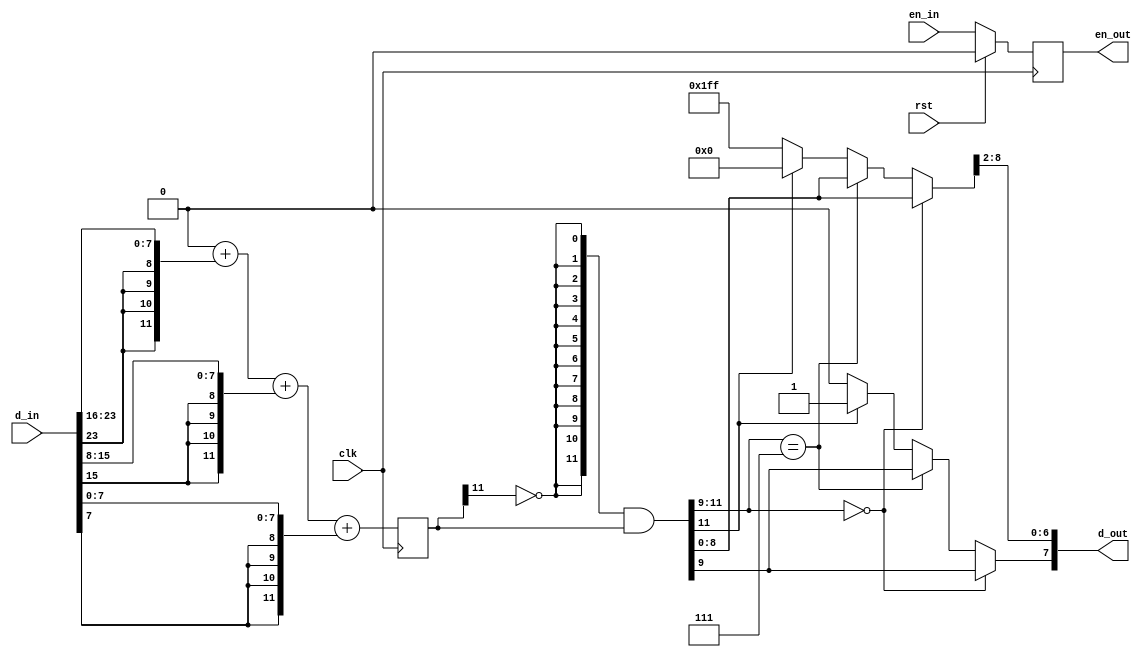
 module multi_adder    #(
    parameter CL_IN = 3,  // 2...64, number of inputs features
    parameter RELU  = 1,  // 0 - no relu, 1 - relu, only positive output values
    parameter N     = 8,  // input/output data width
    parameter SR    = 2   // data shift right before output

) (
    input wire               clk  ,
    input wire               rst  ,
    input      [CL_IN*N-1:0] d_in ,
    input                    en_in,

    output reg [N-1:0]      d_out ,
    output reg              en_out    
);

 integer i = 0;
 parameter E  = 4; // Number of extention bits (6 for 64 inputs, 8 for 256 inputs ,..)
 //parameter NMP1 = N + M + 1;
 //reg [256*(N+E)-1:0] d_256;
 reg [64*(N+E)-1:0] d_64;
 reg [16*(N+E)-1:0] d_16;
 reg [ 4*(N+E)-1:0] d_4;
 reg [ 1*(N+E)-1:0] d_1;
 reg [ 1*(N+E)-1:0] d_relu;
 reg [ 1*(N+E)-1:0] d_ovf;

 reg  en_64;
 reg  en_16;
 reg  en_4;

generate
   if ((CL_IN <= 64) && (CL_IN > 16))
      always @( d_in or en_in) 
      begin
         // sign extention to each data word
         // d_in, X words     _____[XN-1 .. (X-1)N] ..     _____[3N-1 .. 2N]   _____[2N-1 .. N]    _____[N-1 .. 0]
         //                  /    / |    ..      |        /    / |   .. |     /    / |    .. |    /    / |   .. |
         // d_N            [E bits][XN-1 .. (X-1)N] .. [E bits][3N-1 .. 2N] [E bits][2N-1 .. N] [E bits][N-1 .. 0]

                               // E bits  sign extention                   N bits copy from input                           assign zero value 
         if (CL_IN > 63) begin d_64[64*(N+E)-E +: E] <= {(E){d_in[64*N-1]}}; d_64[63*(N+E) +: N] <= { d_in[63*N +: N] }; end else d_64[63*(N+E) +: (N+E)] <= {(N+E){1'b0}};
         if (CL_IN > 62) begin d_64[63*(N+E)-E +: E] <= {(E){d_in[63*N-1]}}; d_64[62*(N+E) +: N] <= { d_in[62*N +: N] }; end else d_64[62*(N+E) +: (N+E)] <= {(N+E){1'b0}};
         if (CL_IN > 61) begin d_64[62*(N+E)-E +: E] <= {(E){d_in[62*N-1]}}; d_64[61*(N+E) +: N] <= { d_in[61*N +: N] }; end else d_64[61*(N+E) +: (N+E)] <= {(N+E){1'b0}};
         if (CL_IN > 60) begin d_64[61*(N+E)-E +: E] <= {(E){d_in[61*N-1]}}; d_64[60*(N+E) +: N] <= { d_in[60*N +: N] }; end else d_64[60*(N+E) +: (N+E)] <= {(N+E){1'b0}};
         if (CL_IN > 59) begin d_64[60*(N+E)-E +: E] <= {(E){d_in[60*N-1]}}; d_64[59*(N+E) +: N] <= { d_in[59*N +: N] }; end else d_64[59*(N+E) +: (N+E)] <= {(N+E){1'b0}};
         if (CL_IN > 58) begin d_64[59*(N+E)-E +: E] <= {(E){d_in[59*N-1]}}; d_64[58*(N+E) +: N] <= { d_in[58*N +: N] }; end else d_64[58*(N+E) +: (N+E)] <= {(N+E){1'b0}};
         if (CL_IN > 57) begin d_64[58*(N+E)-E +: E] <= {(E){d_in[58*N-1]}}; d_64[57*(N+E) +: N] <= { d_in[57*N +: N] }; end else d_64[57*(N+E) +: (N+E)] <= {(N+E){1'b0}};
         if (CL_IN > 56) begin d_64[57*(N+E)-E +: E] <= {(E){d_in[57*N-1]}}; d_64[56*(N+E) +: N] <= { d_in[56*N +: N] }; end else d_64[56*(N+E) +: (N+E)] <= {(N+E){1'b0}};
         if (CL_IN > 55) begin d_64[56*(N+E)-E +: E] <= {(E){d_in[56*N-1]}}; d_64[55*(N+E) +: N] <= { d_in[55*N +: N] }; end else d_64[55*(N+E) +: (N+E)] <= {(N+E){1'b0}};
         if (CL_IN > 54) begin d_64[55*(N+E)-E +: E] <= {(E){d_in[55*N-1]}}; d_64[54*(N+E) +: N] <= { d_in[54*N +: N] }; end else d_64[54*(N+E) +: (N+E)] <= {(N+E){1'b0}};
         if (CL_IN > 53) begin d_64[54*(N+E)-E +: E] <= {(E){d_in[54*N-1]}}; d_64[53*(N+E) +: N] <= { d_in[53*N +: N] }; end else d_64[53*(N+E) +: (N+E)] <= {(N+E){1'b0}};
         if (CL_IN > 52) begin d_64[53*(N+E)-E +: E] <= {(E){d_in[53*N-1]}}; d_64[52*(N+E) +: N] <= { d_in[52*N +: N] }; end else d_64[52*(N+E) +: (N+E)] <= {(N+E){1'b0}};
         if (CL_IN > 51) begin d_64[52*(N+E)-E +: E] <= {(E){d_in[52*N-1]}}; d_64[51*(N+E) +: N] <= { d_in[51*N +: N] }; end else d_64[51*(N+E) +: (N+E)] <= {(N+E){1'b0}};
         if (CL_IN > 50) begin d_64[51*(N+E)-E +: E] <= {(E){d_in[51*N-1]}}; d_64[50*(N+E) +: N] <= { d_in[50*N +: N] }; end else d_64[50*(N+E) +: (N+E)] <= {(N+E){1'b0}};
         if (CL_IN > 49) begin d_64[50*(N+E)-E +: E] <= {(E){d_in[50*N-1]}}; d_64[49*(N+E) +: N] <= { d_in[49*N +: N] }; end else d_64[49*(N+E) +: (N+E)] <= {(N+E){1'b0}};
         if (CL_IN > 48) begin d_64[49*(N+E)-E +: E] <= {(E){d_in[49*N-1]}}; d_64[48*(N+E) +: N] <= { d_in[48*N +: N] }; end else d_64[48*(N+E) +: (N+E)] <= {(N+E){1'b0}};
         if (CL_IN > 47) begin d_64[48*(N+E)-E +: E] <= {(E){d_in[48*N-1]}}; d_64[47*(N+E) +: N] <= { d_in[47*N +: N] }; end else d_64[47*(N+E) +: (N+E)] <= {(N+E){1'b0}};
         if (CL_IN > 46) begin d_64[47*(N+E)-E +: E] <= {(E){d_in[47*N-1]}}; d_64[46*(N+E) +: N] <= { d_in[46*N +: N] }; end else d_64[46*(N+E) +: (N+E)] <= {(N+E){1'b0}};
         if (CL_IN > 45) begin d_64[46*(N+E)-E +: E] <= {(E){d_in[46*N-1]}}; d_64[45*(N+E) +: N] <= { d_in[45*N +: N] }; end else d_64[45*(N+E) +: (N+E)] <= {(N+E){1'b0}};
         if (CL_IN > 44) begin d_64[45*(N+E)-E +: E] <= {(E){d_in[45*N-1]}}; d_64[44*(N+E) +: N] <= { d_in[44*N +: N] }; end else d_64[44*(N+E) +: (N+E)] <= {(N+E){1'b0}};
         if (CL_IN > 43) begin d_64[44*(N+E)-E +: E] <= {(E){d_in[44*N-1]}}; d_64[43*(N+E) +: N] <= { d_in[43*N +: N] }; end else d_64[43*(N+E) +: (N+E)] <= {(N+E){1'b0}};
         if (CL_IN > 42) begin d_64[43*(N+E)-E +: E] <= {(E){d_in[43*N-1]}}; d_64[42*(N+E) +: N] <= { d_in[42*N +: N] }; end else d_64[42*(N+E) +: (N+E)] <= {(N+E){1'b0}};
         if (CL_IN > 41) begin d_64[42*(N+E)-E +: E] <= {(E){d_in[42*N-1]}}; d_64[41*(N+E) +: N] <= { d_in[41*N +: N] }; end else d_64[41*(N+E) +: (N+E)] <= {(N+E){1'b0}};
         if (CL_IN > 40) begin d_64[41*(N+E)-E +: E] <= {(E){d_in[41*N-1]}}; d_64[40*(N+E) +: N] <= { d_in[40*N +: N] }; end else d_64[40*(N+E) +: (N+E)] <= {(N+E){1'b0}};
         if (CL_IN > 39) begin d_64[40*(N+E)-E +: E] <= {(E){d_in[40*N-1]}}; d_64[39*(N+E) +: N] <= { d_in[39*N +: N] }; end else d_64[39*(N+E) +: (N+E)] <= {(N+E){1'b0}};
         if (CL_IN > 38) begin d_64[39*(N+E)-E +: E] <= {(E){d_in[39*N-1]}}; d_64[38*(N+E) +: N] <= { d_in[38*N +: N] }; end else d_64[38*(N+E) +: (N+E)] <= {(N+E){1'b0}};
         if (CL_IN > 37) begin d_64[38*(N+E)-E +: E] <= {(E){d_in[38*N-1]}}; d_64[37*(N+E) +: N] <= { d_in[37*N +: N] }; end else d_64[37*(N+E) +: (N+E)] <= {(N+E){1'b0}};
         if (CL_IN > 36) begin d_64[37*(N+E)-E +: E] <= {(E){d_in[37*N-1]}}; d_64[36*(N+E) +: N] <= { d_in[36*N +: N] }; end else d_64[36*(N+E) +: (N+E)] <= {(N+E){1'b0}};
         if (CL_IN > 35) begin d_64[36*(N+E)-E +: E] <= {(E){d_in[36*N-1]}}; d_64[35*(N+E) +: N] <= { d_in[35*N +: N] }; end else d_64[35*(N+E) +: (N+E)] <= {(N+E){1'b0}};
         if (CL_IN > 34) begin d_64[35*(N+E)-E +: E] <= {(E){d_in[35*N-1]}}; d_64[34*(N+E) +: N] <= { d_in[34*N +: N] }; end else d_64[34*(N+E) +: (N+E)] <= {(N+E){1'b0}};
         if (CL_IN > 33) begin d_64[34*(N+E)-E +: E] <= {(E){d_in[34*N-1]}}; d_64[33*(N+E) +: N] <= { d_in[33*N +: N] }; end else d_64[33*(N+E) +: (N+E)] <= {(N+E){1'b0}};
         if (CL_IN > 32) begin d_64[33*(N+E)-E +: E] <= {(E){d_in[33*N-1]}}; d_64[32*(N+E) +: N] <= { d_in[32*N +: N] }; end else d_64[32*(N+E) +: (N+E)] <= {(N+E){1'b0}};
         if (CL_IN > 31) begin d_64[32*(N+E)-E +: E] <= {(E){d_in[32*N-1]}}; d_64[31*(N+E) +: N] <= { d_in[31*N +: N] }; end else d_64[31*(N+E) +: (N+E)] <= {(N+E){1'b0}};
         if (CL_IN > 30) begin d_64[31*(N+E)-E +: E] <= {(E){d_in[31*N-1]}}; d_64[30*(N+E) +: N] <= { d_in[30*N +: N] }; end else d_64[30*(N+E) +: (N+E)] <= {(N+E){1'b0}};
         if (CL_IN > 29) begin d_64[30*(N+E)-E +: E] <= {(E){d_in[30*N-1]}}; d_64[29*(N+E) +: N] <= { d_in[29*N +: N] }; end else d_64[29*(N+E) +: (N+E)] <= {(N+E){1'b0}};
         if (CL_IN > 28) begin d_64[29*(N+E)-E +: E] <= {(E){d_in[29*N-1]}}; d_64[28*(N+E) +: N] <= { d_in[28*N +: N] }; end else d_64[28*(N+E) +: (N+E)] <= {(N+E){1'b0}};
         if (CL_IN > 27) begin d_64[28*(N+E)-E +: E] <= {(E){d_in[28*N-1]}}; d_64[27*(N+E) +: N] <= { d_in[27*N +: N] }; end else d_64[27*(N+E) +: (N+E)] <= {(N+E){1'b0}};
         if (CL_IN > 26) begin d_64[27*(N+E)-E +: E] <= {(E){d_in[27*N-1]}}; d_64[26*(N+E) +: N] <= { d_in[26*N +: N] }; end else d_64[26*(N+E) +: (N+E)] <= {(N+E){1'b0}};
         if (CL_IN > 25) begin d_64[26*(N+E)-E +: E] <= {(E){d_in[26*N-1]}}; d_64[25*(N+E) +: N] <= { d_in[25*N +: N] }; end else d_64[25*(N+E) +: (N+E)] <= {(N+E){1'b0}};
         if (CL_IN > 24) begin d_64[25*(N+E)-E +: E] <= {(E){d_in[25*N-1]}}; d_64[24*(N+E) +: N] <= { d_in[24*N +: N] }; end else d_64[24*(N+E) +: (N+E)] <= {(N+E){1'b0}};
         if (CL_IN > 23) begin d_64[24*(N+E)-E +: E] <= {(E){d_in[24*N-1]}}; d_64[23*(N+E) +: N] <= { d_in[23*N +: N] }; end else d_64[23*(N+E) +: (N+E)] <= {(N+E){1'b0}};
         if (CL_IN > 22) begin d_64[23*(N+E)-E +: E] <= {(E){d_in[23*N-1]}}; d_64[22*(N+E) +: N] <= { d_in[22*N +: N] }; end else d_64[22*(N+E) +: (N+E)] <= {(N+E){1'b0}};
         if (CL_IN > 21) begin d_64[22*(N+E)-E +: E] <= {(E){d_in[22*N-1]}}; d_64[21*(N+E) +: N] <= { d_in[21*N +: N] }; end else d_64[21*(N+E) +: (N+E)] <= {(N+E){1'b0}};
         if (CL_IN > 20) begin d_64[21*(N+E)-E +: E] <= {(E){d_in[21*N-1]}}; d_64[20*(N+E) +: N] <= { d_in[20*N +: N] }; end else d_64[20*(N+E) +: (N+E)] <= {(N+E){1'b0}};
         if (CL_IN > 19) begin d_64[20*(N+E)-E +: E] <= {(E){d_in[20*N-1]}}; d_64[19*(N+E) +: N] <= { d_in[19*N +: N] }; end else d_64[19*(N+E) +: (N+E)] <= {(N+E){1'b0}};
         if (CL_IN > 18) begin d_64[19*(N+E)-E +: E] <= {(E){d_in[19*N-1]}}; d_64[18*(N+E) +: N] <= { d_in[18*N +: N] }; end else d_64[18*(N+E) +: (N+E)] <= {(N+E){1'b0}};
         if (CL_IN > 17) begin d_64[18*(N+E)-E +: E] <= {(E){d_in[18*N-1]}}; d_64[17*(N+E) +: N] <= { d_in[17*N +: N] }; end else d_64[17*(N+E) +: (N+E)] <= {(N+E){1'b0}};
         if (CL_IN > 16) begin d_64[17*(N+E)-E +: E] <= {(E){d_in[17*N-1]}}; d_64[16*(N+E) +: N] <= { d_in[16*N +: N] }; end else d_64[16*(N+E) +: (N+E)] <= {(N+E){1'b0}};
                               d_64[16*(N+E)-E +: E] <= {(E){d_in[16*N-1]}}; d_64[15*(N+E) +: N] <= { d_in[15*N +: N] };
                               d_64[15*(N+E)-E +: E] <= {(E){d_in[15*N-1]}}; d_64[14*(N+E) +: N] <= { d_in[14*N +: N] };
                               d_64[14*(N+E)-E +: E] <= {(E){d_in[14*N-1]}}; d_64[13*(N+E) +: N] <= { d_in[13*N +: N] };
                               d_64[13*(N+E)-E +: E] <= {(E){d_in[13*N-1]}}; d_64[12*(N+E) +: N] <= { d_in[12*N +: N] };
                               d_64[12*(N+E)-E +: E] <= {(E){d_in[12*N-1]}}; d_64[11*(N+E) +: N] <= { d_in[11*N +: N] };
                               d_64[11*(N+E)-E +: E] <= {(E){d_in[11*N-1]}}; d_64[10*(N+E) +: N] <= { d_in[10*N +: N] };
                               d_64[10*(N+E)-E +: E] <= {(E){d_in[10*N-1]}}; d_64[ 9*(N+E) +: N] <= { d_in[ 9*N +: N] };
                               d_64[ 9*(N+E)-E +: E] <= {(E){d_in[ 9*N-1]}}; d_64[ 8*(N+E) +: N] <= { d_in[ 8*N +: N] };
                               d_64[ 8*(N+E)-E +: E] <= {(E){d_in[ 8*N-1]}}; d_64[ 7*(N+E) +: N] <= { d_in[ 7*N +: N] };
                               d_64[ 7*(N+E)-E +: E] <= {(E){d_in[ 7*N-1]}}; d_64[ 6*(N+E) +: N] <= { d_in[ 6*N +: N] };
                               d_64[ 6*(N+E)-E +: E] <= {(E){d_in[ 6*N-1]}}; d_64[ 5*(N+E) +: N] <= { d_in[ 5*N +: N] };
                               d_64[ 5*(N+E)-E +: E] <= {(E){d_in[ 5*N-1]}}; d_64[ 4*(N+E) +: N] <= { d_in[ 4*N +: N] };
                               d_64[ 4*(N+E)-E +: E] <= {(E){d_in[ 4*N-1]}}; d_64[ 3*(N+E) +: N] <= { d_in[ 3*N +: N] };
                               d_64[ 3*(N+E)-E +: E] <= {(E){d_in[ 3*N-1]}}; d_64[ 2*(N+E) +: N] <= { d_in[ 2*N +: N] };
                               d_64[ 2*(N+E)-E +: E] <= {(E){d_in[ 2*N-1]}}; d_64[ 1*(N+E) +: N] <= { d_in[ 1*N +: N] };
                               d_64[ 1*(N+E)-E +: E] <= {(E){d_in[ 1*N-1]}}; d_64[ 0*(N+E) +: N] <= { d_in[ 0*N +: N] };
                               en_64 <= en_in;
      end
endgenerate

generate
   if ((CL_IN <= 16) && (CL_IN > 4))
      always @( d_in or en_in) 
      begin
         // sign extention to each data word
         // d_in, X words     _____[XN-1 .. (X-1)N] ..     _____[3N-1 .. 2N]   _____[2N-1 .. N]    _____[N-1 .. 0]
         //                  /    / |    ..      |        /    / |   .. |     /    / |    .. |    /    / |   .. |
         // d_N            [E bits][XN-1 .. (X-1)N] .. [E bits][3N-1 .. 2N] [E bits][2N-1 .. N] [E bits][N-1 .. 0]

                               // E bits  sign extention                   N bits copy from input                           assign zero value 
         if (CL_IN > 15) begin d_16[16*(N+E)-E +: E] <= {(E){d_in[16*N-1]}}; d_16[15*(N+E) +: N] <= { d_in[15*N +: N] }; end else d_16[15*(N+E) +: (N+E)] <= {(N+E){1'b0}};
         if (CL_IN > 14) begin d_16[15*(N+E)-E +: E] <= {(E){d_in[15*N-1]}}; d_16[14*(N+E) +: N] <= { d_in[14*N +: N] }; end else d_16[14*(N+E) +: (N+E)] <= {(N+E){1'b0}};
         if (CL_IN > 13) begin d_16[14*(N+E)-E +: E] <= {(E){d_in[14*N-1]}}; d_16[13*(N+E) +: N] <= { d_in[13*N +: N] }; end else d_16[13*(N+E) +: (N+E)] <= {(N+E){1'b0}};
         if (CL_IN > 12) begin d_16[13*(N+E)-E +: E] <= {(E){d_in[13*N-1]}}; d_16[12*(N+E) +: N] <= { d_in[12*N +: N] }; end else d_16[12*(N+E) +: (N+E)] <= {(N+E){1'b0}};
         if (CL_IN > 11) begin d_16[12*(N+E)-E +: E] <= {(E){d_in[12*N-1]}}; d_16[11*(N+E) +: N] <= { d_in[11*N +: N] }; end else d_16[11*(N+E) +: (N+E)] <= {(N+E){1'b0}};
         if (CL_IN > 10) begin d_16[11*(N+E)-E +: E] <= {(E){d_in[11*N-1]}}; d_16[10*(N+E) +: N] <= { d_in[10*N +: N] }; end else d_16[10*(N+E) +: (N+E)] <= {(N+E){1'b0}};
         if (CL_IN >  9) begin d_16[10*(N+E)-E +: E] <= {(E){d_in[10*N-1]}}; d_16[ 9*(N+E) +: N] <= { d_in[ 9*N +: N] }; end else d_16[ 9*(N+E) +: (N+E)] <= {(N+E){1'b0}};
         if (CL_IN >  8) begin d_16[ 9*(N+E)-E +: E] <= {(E){d_in[ 9*N-1]}}; d_16[ 8*(N+E) +: N] <= { d_in[ 8*N +: N] }; end else d_16[ 8*(N+E) +: (N+E)] <= {(N+E){1'b0}};
         if (CL_IN >  7) begin d_16[ 8*(N+E)-E +: E] <= {(E){d_in[ 8*N-1]}}; d_16[ 7*(N+E) +: N] <= { d_in[ 7*N +: N] }; end else d_16[ 7*(N+E) +: (N+E)] <= {(N+E){1'b0}};
         if (CL_IN >  6) begin d_16[ 7*(N+E)-E +: E] <= {(E){d_in[ 7*N-1]}}; d_16[ 6*(N+E) +: N] <= { d_in[ 6*N +: N] }; end else d_16[ 6*(N+E) +: (N+E)] <= {(N+E){1'b0}};
         if (CL_IN >  5) begin d_16[ 6*(N+E)-E +: E] <= {(E){d_in[ 6*N-1]}}; d_16[ 5*(N+E) +: N] <= { d_in[ 5*N +: N] }; end else d_16[ 5*(N+E) +: (N+E)] <= {(N+E){1'b0}};
                               d_16[ 5*(N+E)-E +: E] <= {(E){d_in[ 5*N-1]}}; d_16[ 4*(N+E) +: N] <= { d_in[ 4*N +: N] };
                               d_16[ 4*(N+E)-E +: E] <= {(E){d_in[ 4*N-1]}}; d_16[ 3*(N+E) +: N] <= { d_in[ 3*N +: N] };
                               d_16[ 3*(N+E)-E +: E] <= {(E){d_in[ 3*N-1]}}; d_16[ 2*(N+E) +: N] <= { d_in[ 2*N +: N] };
                               d_16[ 2*(N+E)-E +: E] <= {(E){d_in[ 2*N-1]}}; d_16[ 1*(N+E) +: N] <= { d_in[ 1*N +: N] };
                               d_16[ 1*(N+E)-E +: E] <= {(E){d_in[ 1*N-1]}}; d_16[ 0*(N+E) +: N] <= { d_in[ 0*N +: N] };
                               en_16 <= en_in;
      end
   else
      begin
         always @(posedge clk) begin
             d_16[15*(N+E) +: N+E] <= d_64[63*(N+E) +: N+E] +
                                      d_64[62*(N+E) +: N+E] +
                                      d_64[61*(N+E) +: N+E] +
                                      d_64[60*(N+E) +: N+E] ;
             d_16[14*(N+E) +: N+E] <= d_64[59*(N+E) +: N+E] +
                                      d_64[58*(N+E) +: N+E] +
                                      d_64[57*(N+E) +: N+E] +
                                      d_64[56*(N+E) +: N+E] ;
             d_16[13*(N+E) +: N+E] <= d_64[55*(N+E) +: N+E] +
                                      d_64[54*(N+E) +: N+E] +
                                      d_64[53*(N+E) +: N+E] +
                                      d_64[52*(N+E) +: N+E] ;
             d_16[12*(N+E) +: N+E] <= d_64[51*(N+E) +: N+E] +
                                      d_64[50*(N+E) +: N+E] +
                                      d_64[49*(N+E) +: N+E] +
                                      d_64[48*(N+E) +: N+E] ;
             d_16[11*(N+E) +: N+E] <= d_64[47*(N+E) +: N+E] +
                                      d_64[46*(N+E) +: N+E] +
                                      d_64[45*(N+E) +: N+E] +
                                      d_64[44*(N+E) +: N+E] ;
             d_16[10*(N+E) +: N+E] <= d_64[43*(N+E) +: N+E] +
                                      d_64[42*(N+E) +: N+E] +
                                      d_64[41*(N+E) +: N+E] +
                                      d_64[40*(N+E) +: N+E] ;
             d_16[ 9*(N+E) +: N+E] <= d_64[39*(N+E) +: N+E] +
                                      d_64[38*(N+E) +: N+E] +
                                      d_64[37*(N+E) +: N+E] +
                                      d_64[36*(N+E) +: N+E] ;
             d_16[ 8*(N+E) +: N+E] <= d_64[35*(N+E) +: N+E] +
                                      d_64[34*(N+E) +: N+E] +
                                      d_64[33*(N+E) +: N+E] +
                                      d_64[32*(N+E) +: N+E] ;
             d_16[ 7*(N+E) +: N+E] <= d_64[31*(N+E) +: N+E] +
                                      d_64[30*(N+E) +: N+E] +
                                      d_64[29*(N+E) +: N+E] +
                                      d_64[28*(N+E) +: N+E] ;
             d_16[ 6*(N+E) +: N+E] <= d_64[27*(N+E) +: N+E] +
                                      d_64[26*(N+E) +: N+E] +
                                      d_64[25*(N+E) +: N+E] +
                                      d_64[24*(N+E) +: N+E] ;
             d_16[ 5*(N+E) +: N+E] <= d_64[23*(N+E) +: N+E] +
                                      d_64[22*(N+E) +: N+E] +
                                      d_64[21*(N+E) +: N+E] +
                                      d_64[20*(N+E) +: N+E] ;
             d_16[ 4*(N+E) +: N+E] <= d_64[19*(N+E) +: N+E] +
                                      d_64[18*(N+E) +: N+E] +
                                      d_64[17*(N+E) +: N+E] +
                                      d_64[16*(N+E) +: N+E] ;
             d_16[ 3*(N+E) +: N+E] <= d_64[15*(N+E) +: N+E] +
                                      d_64[14*(N+E) +: N+E] +
                                      d_64[13*(N+E) +: N+E] +
                                      d_64[12*(N+E) +: N+E] ;
             d_16[ 2*(N+E) +: N+E] <= d_64[11*(N+E) +: N+E] +
                                      d_64[10*(N+E) +: N+E] +
                                      d_64[ 9*(N+E) +: N+E] +
                                      d_64[ 8*(N+E) +: N+E] ;
             d_16[ 1*(N+E) +: N+E] <= d_64[ 7*(N+E) +: N+E] +
                                      d_64[ 6*(N+E) +: N+E] +
                                      d_64[ 5*(N+E) +: N+E] +
                                      d_64[ 4*(N+E) +: N+E] ;
             d_16[ 0*(N+E) +: N+E] <= d_64[ 3*(N+E) +: N+E] +
                                      d_64[ 2*(N+E) +: N+E] +
                                      d_64[ 1*(N+E) +: N+E] +
                                      d_64[ 0*(N+E) +: N+E] ;
         end
         always @(posedge clk) // or rst)
            if (rst) en_16 <= 1'b0;
            else     en_16 <= en_64;
      end
endgenerate

generate
   if (CL_IN <= 4)
      always @( d_in or en_in) 
      begin
         // sign extention to each data word
         // d_in, X words     _____[XN-1 .. (X-1)N] ..     _____[3N-1 .. 2N]   _____[2N-1 .. N]    _____[N-1 .. 0]
         //                  /    / |    ..      |        /    / |   .. |     /    / |    .. |    /    / |   .. |
         // d_N            [E bits][XN-1 .. (X-1)N] .. [E bits][3N-1 .. 2N] [E bits][2N-1 .. N] [E bits][N-1 .. 0]

                               // E bits  sign extention                   N bits copy from input                           assign zero value 
         if (CL_IN > 3) begin d_4[4*(N+E)-E +: E] <= {(E){d_in[4*N-1]}}; d_4[3*(N+E) +: N] <= { d_in[3*N +: N] }; end else d_4[3*(N+E) +: (N+E)] <= {(N+E){1'b0}};
         if (CL_IN > 2) begin d_4[3*(N+E)-E +: E] <= {(E){d_in[3*N-1]}}; d_4[2*(N+E) +: N] <= { d_in[2*N +: N] }; end else d_4[2*(N+E) +: (N+E)] <= {(N+E){1'b0}};
         if (CL_IN > 1) begin d_4[2*(N+E)-E +: E] <= {(E){d_in[2*N-1]}}; d_4[1*(N+E) +: N] <= { d_in[1*N +: N] }; end else d_4[1*(N+E) +: (N+E)] <= {(N+E){1'b0}};
                              d_4[1*(N+E)-E +: E] <= {(E){d_in[1*N-1]}}; d_4[0*(N+E) +: N] <= { d_in[0*N +: N] }; 
                              en_4 <= en_in;
      end
   else
      begin
         always @(posedge clk) begin
            d_4[3*(N+E) +: N+E] <= d_16[15*(N+E) +: N+E] + 
                                   d_16[14*(N+E) +: N+E] + 
                                   d_16[13*(N+E) +: N+E] + 
                                   d_16[12*(N+E) +: N+E] ;
            d_4[2*(N+E) +: N+E] <= d_16[11*(N+E) +: N+E] + 
                                   d_16[10*(N+E) +: N+E] + 
                                   d_16[ 9*(N+E) +: N+E] + 
                                   d_16[ 8*(N+E) +: N+E] ;
            d_4[1*(N+E) +: N+E] <= d_16[ 7*(N+E) +: N+E] + 
                                   d_16[ 6*(N+E) +: N+E] + 
                                   d_16[ 5*(N+E) +: N+E] + 
                                   d_16[ 4*(N+E) +: N+E] ;
            d_4[0*(N+E) +: N+E] <= d_16[ 3*(N+E) +: N+E] + 
                                   d_16[ 2*(N+E) +: N+E] + 
                                   d_16[ 1*(N+E) +: N+E] + 
                                   d_16[ 0*(N+E) +: N+E] ;
         end
         
         always @(posedge clk) // or rst)
            if (rst) en_4 <= 1'b0;
            else     en_4 <= en_16;
      end
endgenerate

always @(posedge clk) begin
   d_1 <= d_4[3*(N+E) +: N+E] + 
          d_4[2*(N+E) +: N+E] + 
          d_4[1*(N+E) +: N+E] + 
          d_4[0*(N+E) +: N+E] ;
end

//// TEST RELU + Overflow
//always @(posedge clk)
//   if (rst) 
//      d_1 <= {(N+E){1'b0}};
//   else     
//      d_1 <=  d_1 + 1'b1 ;
//// TEST END

always @(posedge clk) // or rst)
   if (rst) en_out <= 1'b0;
   else     en_out <= en_4;



always @(d_1) 
   if (RELU) 
      d_relu <= {(N+E){!d_1[N+E-1]}} & d_1;
   else
      d_relu <= d_1;

always @(d_relu) 
   if      (d_relu[(N+E)-1 : N + SR -1] == {(E -SR){1'b0}})  // positive value. same sign in MSB and highest cutted bits
      d_ovf <= d_relu;                                           // no overflow
   else if (d_relu[(N+E)-1 : N + SR -1] == {(E-SR+1){1'b1}}) // negative value. same sign in MSB and highest cutted bits
      d_ovf <= d_relu;                                           // no overflow
   else if (d_relu[(N+E)-1] == 1'b0)                         // positive overflow
      begin
      d_ovf[ (N+E)-1 : N + SR -1 ] <= {( ((N+E)-1)- (N + SR -1) + 1){1'b0}};
      d_ovf[ N + SR  :         0 ] <= {( (N + SR )-             + 1){1'b1}};
      end
   else                                                     // negative overflow
      begin
      d_ovf[ (N+E)-1 : N + SR -1 ] <= {( E - SR    +1){1'b1}};
      d_ovf[ N+SR-2  :         0 ] <= {( N + SR -2 +1){1'b0}};
      end


//always @(d_relu) 
//   if (d_relu[(N+E)-1 : N + SR -1] == 0) //{(E -SR){1'b0}})
//      d_ovf <= d_relu;
//   else
//      begin
//      d_ovf[ (N+E)-1    : N + SR ] <= {( ((N+E)-1   )- (N + SR ) + 1){1'b0}};
//      d_ovf[ N + SR - 1 :      0 ] <= {( (N + SR - 1)-           + 1){1'b1}};
//      end


//always @(d_relu) 
//   if (d_relu[(N+E)-1 : N + SR -1] == {(((N+E)-1 )- (N + SR -1) + 1){1'b0}})
//      d_ovf <= d_relu;
//   else
//      begin
//      d_ovf[ (N+E)-1    : N + SR -1 ] <= {( ((N+E)-1   )- (N + SR -1) + 1){1'b0}};
//      d_ovf[ N + SR - 2 :         0 ] <= {( (N + SR - 2)-             + 1){1'b1}};
//      end

always @(d_ovf)
   d_out <= d_ovf[SR +: N];

endmodule